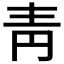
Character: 靑